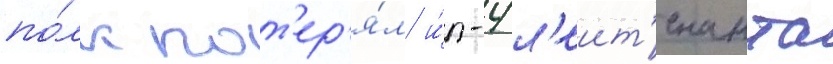
по́лк пот'ер'я́л и́л-4 л'еит'енанта